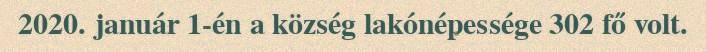
2020. január 1-én a község lakónépessége 302 fő volt.